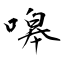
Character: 嗥